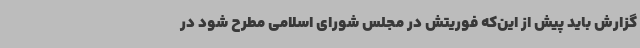
گزارش باید پیش از این‌که فوریتش در مجلس شورای اسلامی مطرح شود در